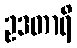
ဥဒတာရိ